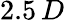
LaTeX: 2.5\, D